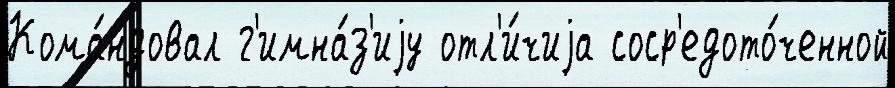
Кома́ндовал г'имна́з'иjу отл'и́чиjа соср'едото́ченной